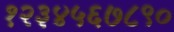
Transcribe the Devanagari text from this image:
१२३४५६७८९०